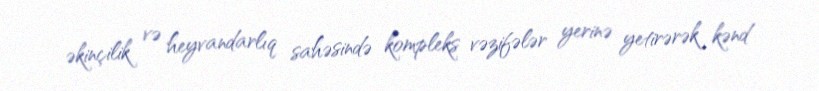
əkinçilik və heyvandarlıq sahəsində kompleks vəzifələr yerinə yetirərək kənd